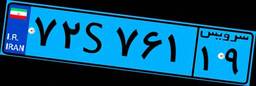
۷۲S۷۶۱۱۹